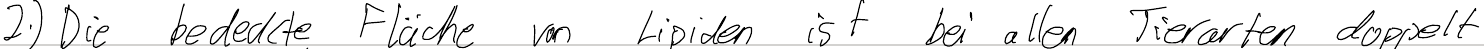
2.) Die bedeckte Fläche von Lipiden ist bei allen Tierarten doppelt